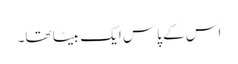
اس کے پاس ایک بیٹا تھا۔